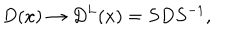
D ( x ) \rightarrow D ^ { L } ( x ) = S D S ^ { - 1 } ,